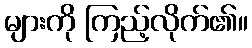
များကို ကြည့်လိုက်၏။